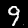
Digit: 9